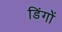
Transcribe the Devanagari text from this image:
डिंगों